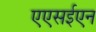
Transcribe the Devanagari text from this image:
एएसईएन